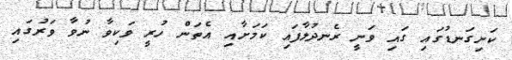
ކަށިގަނޑުގައި ގައި ވަނީ ރެނދުލާފައި ކަމަށާއި އެތަން ހުރީ ވަކިވާ ނުވާ ވަރުގައި